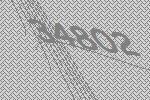
34802